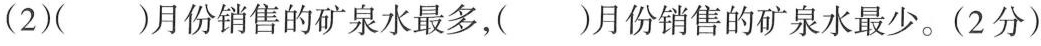
(2)( )月份销售的矿泉水最多，( )月份销售的矿泉水最少。(2分)